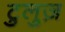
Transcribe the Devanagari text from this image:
टुलुज़